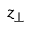
z _ { \bot }